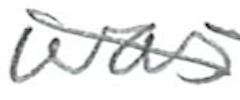
Text: was
Cross-out: diagonal
Writing tool: pencil